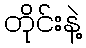
တိုင်းနဲ့